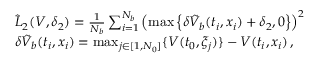
\begin{array} { r l } & { \hat { L } _ { 2 } ( V , \delta _ { 2 } ) = \frac { 1 } { N _ { b } } \sum _ { i = 1 } ^ { N _ { b } } \left( \operatorname* { m a x } \left\{ \delta \tilde { V } _ { b } ( t _ { i } , x _ { i } ) + \delta _ { 2 } , 0 \right\} \right) ^ { 2 } } \\ & { \delta \tilde { V } _ { b } ( t _ { i } , x _ { i } ) = \operatorname* { m a x } _ { j \in [ 1 , N _ { 0 } ] } \{ V ( t _ { 0 } , \xi _ { j } ) \} - V ( t _ { i } , x _ { i } ) \, , } \end{array}